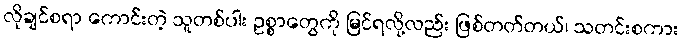
လိုချင်စရာ ကောင်းတဲ့ သူတစ်ပါး ဥစ္စာတွေကို မြင်ရလို့လည်း ဖြစ်တတ်တယ်၊ သတင်းစကား